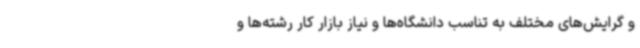
و گرایش‌های مختلف به تناسب دانشگاه‌ها و نیاز بازار کار رشته‌ها و